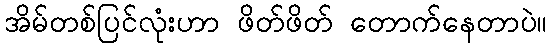
အိမ်တစ်ပြင်လုံးဟာ ဖိတ်ဖိတ် တောက်နေတာပဲ။